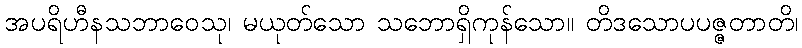
အပရိဟီနသဘာဝေသု၊ မယုတ်သော သဘောရှိကုန်သော။ တိဒသောပပဇ္ဇတာတိ၊